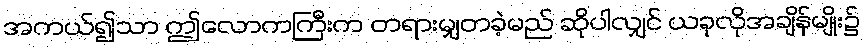
အကယ်၍သာ ဤလောကကြီးက တရားမျှတခဲ့မည် ဆိုပါလျှင် ယခုလိုအချိန်မျိုး၌